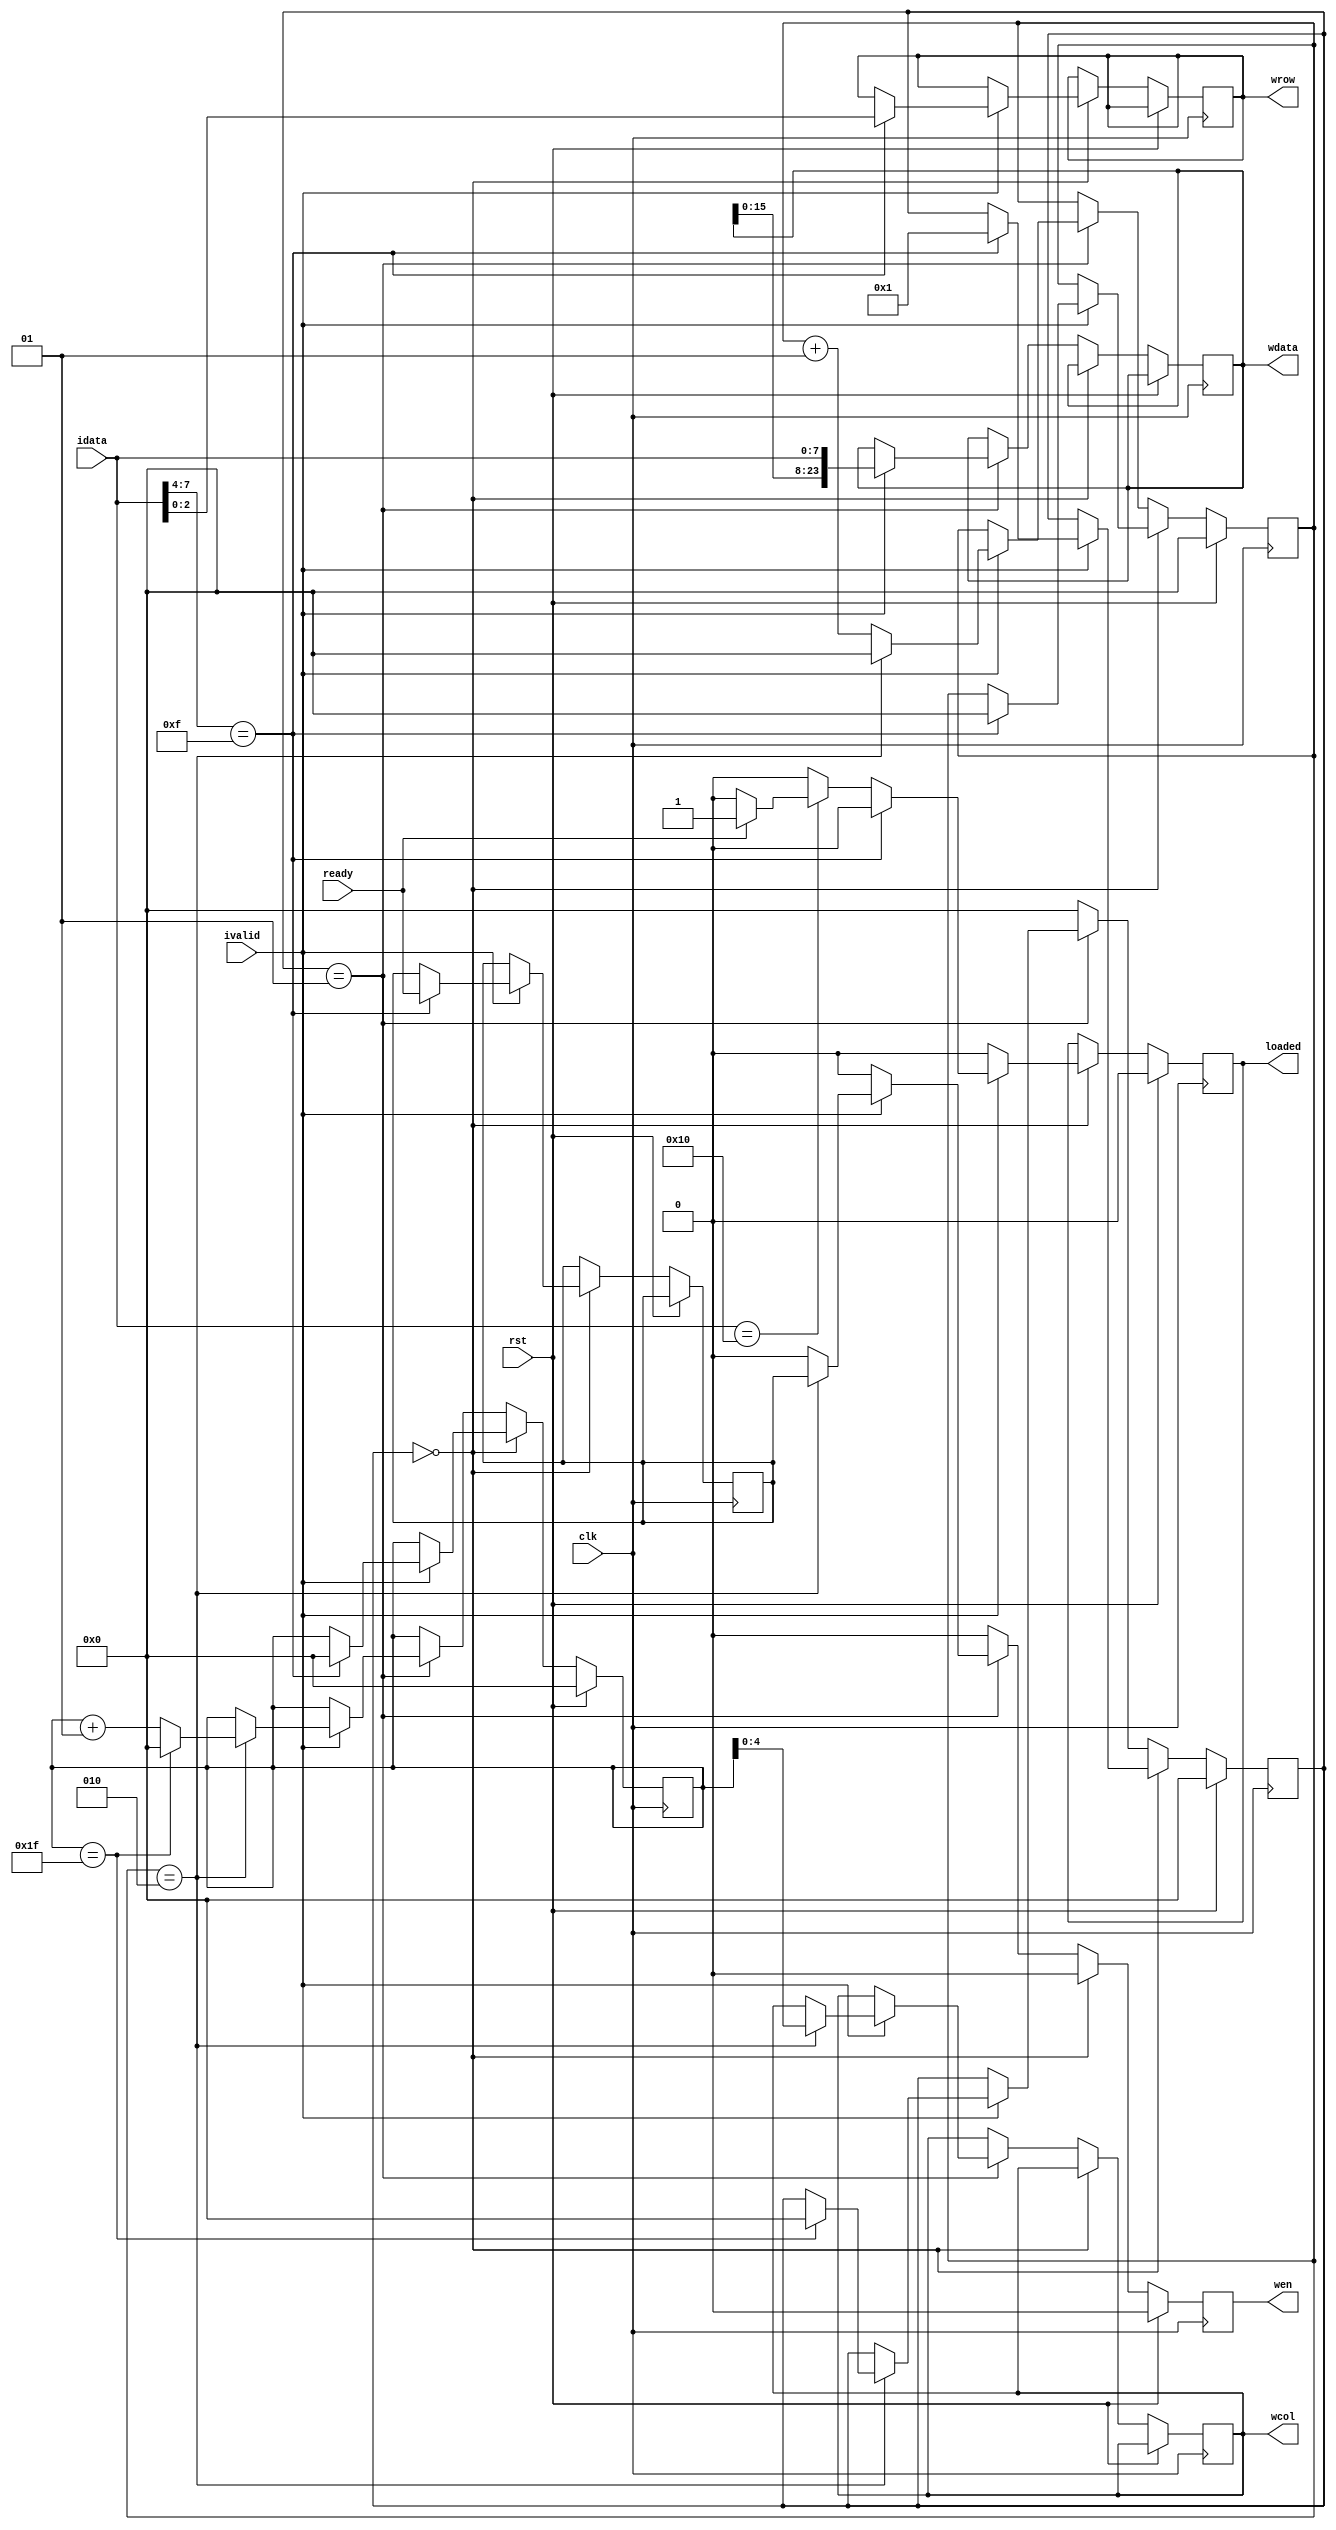
// Data Loader
// ===========
//
// Loads data into the display memory from an async source of where data is
// input as commands via the idata and ivalid signals
//
// Commands:
//   0xf? - Load row, where the row is defined as the lower 4 bits of the
//          command. This command must be followed by exactly column number of
//          data words, where the word size is equal to the number of bits in
//          memory for each pixel (aka segments * bitwidth * 3).
//   0x10 - End command, or display flip. This triggers the display to flip
//          which memory buffer is used, and causes the loaded data to be
//          displayed.
//
// Interface to memory:
//  wdata  - data to write (bitwidth * 3)
//  wrow   - row to write data to
//  wcol   - column to write data to
//  wen    - enable data write, write data on next cycle
//  ready  - memory is ready to write
//  loaded - frame is loaded

module data_loader(clk, rst, idata, ivalid, wdata, wen, wrow, wcol, ready, loaded);
	parameter segments = 1;
	parameter rows = 8; // number of addressable rows
	parameter columns = 32; // number of bits per line
	parameter bitwidth = 8;

	input wire clk, rst;

	output reg [(segments * bitwidth * 3) - 1:0] wdata = 0;
	output reg [$clog2(rows) - 1:0] wrow = 0;
	output reg [$clog2(columns) - 1:0] wcol = 0;

	integer column = 0;
	integer channel = 0;
	output reg wen = 0;

	input wire ready;

	// buffer load logic
	parameter
		_cmd_wait = 0,
		_cmd_load_row = 1;

	integer cmd = 0;
	reg dummy_write = 0;

	output reg loaded = 0;

	input wire [7:0] idata;
	input wire ivalid;

	always @(posedge clk) begin
		if (rst == 1) begin
			loaded <= 0;
			column <= 0;
			channel <= 0;
			cmd <= 0;
			wen <= 0;
		end else begin
			// wen is low otherwise
			wen <= 0;

			if (cmd == _cmd_wait) begin
				// the loaded signal is only high for one cycle, to tell the
				// flipper that the memory was populated for flipping
				loaded <= 0;

				// check command, needs to be 0xfx where x = row
				if (ivalid == 1) begin
					if (idata[7:4] == 4'hf) begin
						// start of load
						channel <= 0;
						column <= 0;
						wrow <= idata[3:0];
						cmd <= _cmd_load_row;
						dummy_write <= ready; // use the ready state from the start of the load
					end else if (idata == 8'h10) begin
						// mark the frame as loaded for flip
						if (ready == 1) begin
							loaded <= 1;
						end
					end
				end
			end else if (cmd == _cmd_load_row) begin
				// only load on valid and when not complete
				if (ivalid == 1) begin
					// serial load into the wdata reg, dropping the oldest
					wdata <= {wdata[(segments * bitwidth * 3) - bitwidth - 1:0], idata};

					if (channel == ((segments * 3) - 1)) begin
						wcol <= column;
						// if this command is being processed whilst the
						// memory is not ready, then don't assert the wen = 1
						wen <= dummy_write;

						channel <= 0;
						// loaded each segment, next column
						if (column == (columns - 1)) begin
							column <= 0;
							cmd <= _cmd_wait;
						end else begin
							column <= column + 1;
						end
					end else begin
						channel <= channel + 1;
					end
				end
			end else begin
				cmd <= _cmd_wait;
			end
		end
	end

endmodule